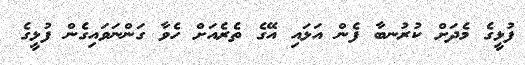
ފުޅީގެ މެދަށް ކުރުނބާ ފެން އަޅައި އޭގެ ތެރެއަށް ހެވާ ގަންނަވައިގެން ފުޅީގެ